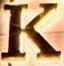
K